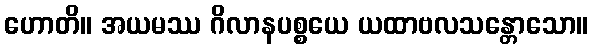
ဟောတိ။ အယမဿ ဂိလာနပစ္စယေ ယထာဗလသန္တောသော။